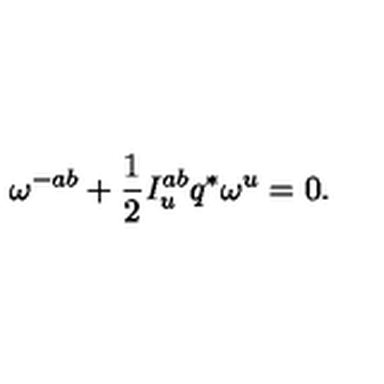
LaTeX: \omega ^ { - a b } + { \frac { 1 } { 2 } } I _ { u } ^ { a b } q ^ { * } \omega ^ { u } = 0 .